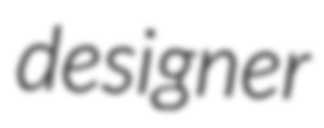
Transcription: designer